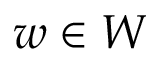
w \in W